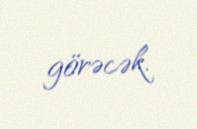
görəcək.